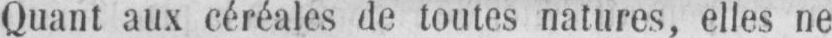
Quant aux céréales de toutes natures, elles ne